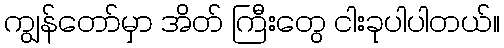
ကျွန်တော်မှာ အိတ် ကြီးတွေ ငါးခုပါပါတယ်။